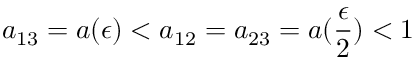
a _ { 1 3 } = a ( \epsilon ) < a _ { 1 2 } = a _ { 2 3 } = a ( \frac { \epsilon } { 2 } ) < 1